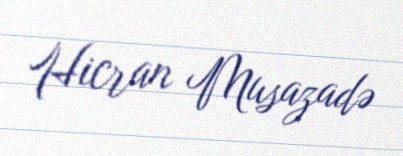
Hicran Musazadə